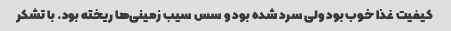
کیفیت غذا خوب بود ولی سرد شده بود و سس سیب زمینی‌ها ریخته بود. با تشکر